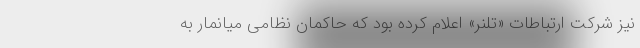
نیز شرکت ارتباطات «تلنر» اعلام کرده بود که حاکمان نظامی میانمار به